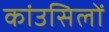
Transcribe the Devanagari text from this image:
कांउसिलों